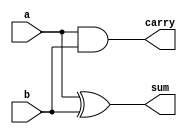
module half_adder(a,b,sum,carry);
input a,b;
output sum,carry;
//continuous assignment
assign sum=a^b;
assign carry=a & b;
endmodule